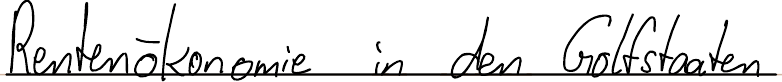
Rentenökonomie in den Golfstaaten